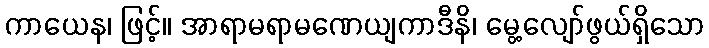
ကာယေန၊ ဖြင့်။ အာရာမရာမဏေယျကာဒီနိ၊ မွေ့လျော်ဖွယ်ရှိသော